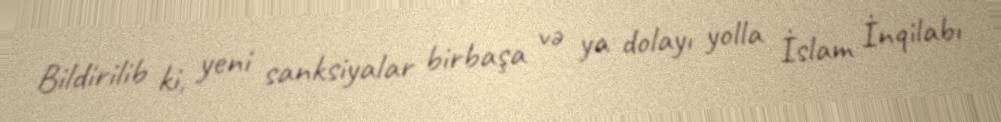
Bildirilib ki, yeni sanksiyalar birbaşa və ya dolayı yolla İslam İnqilabı